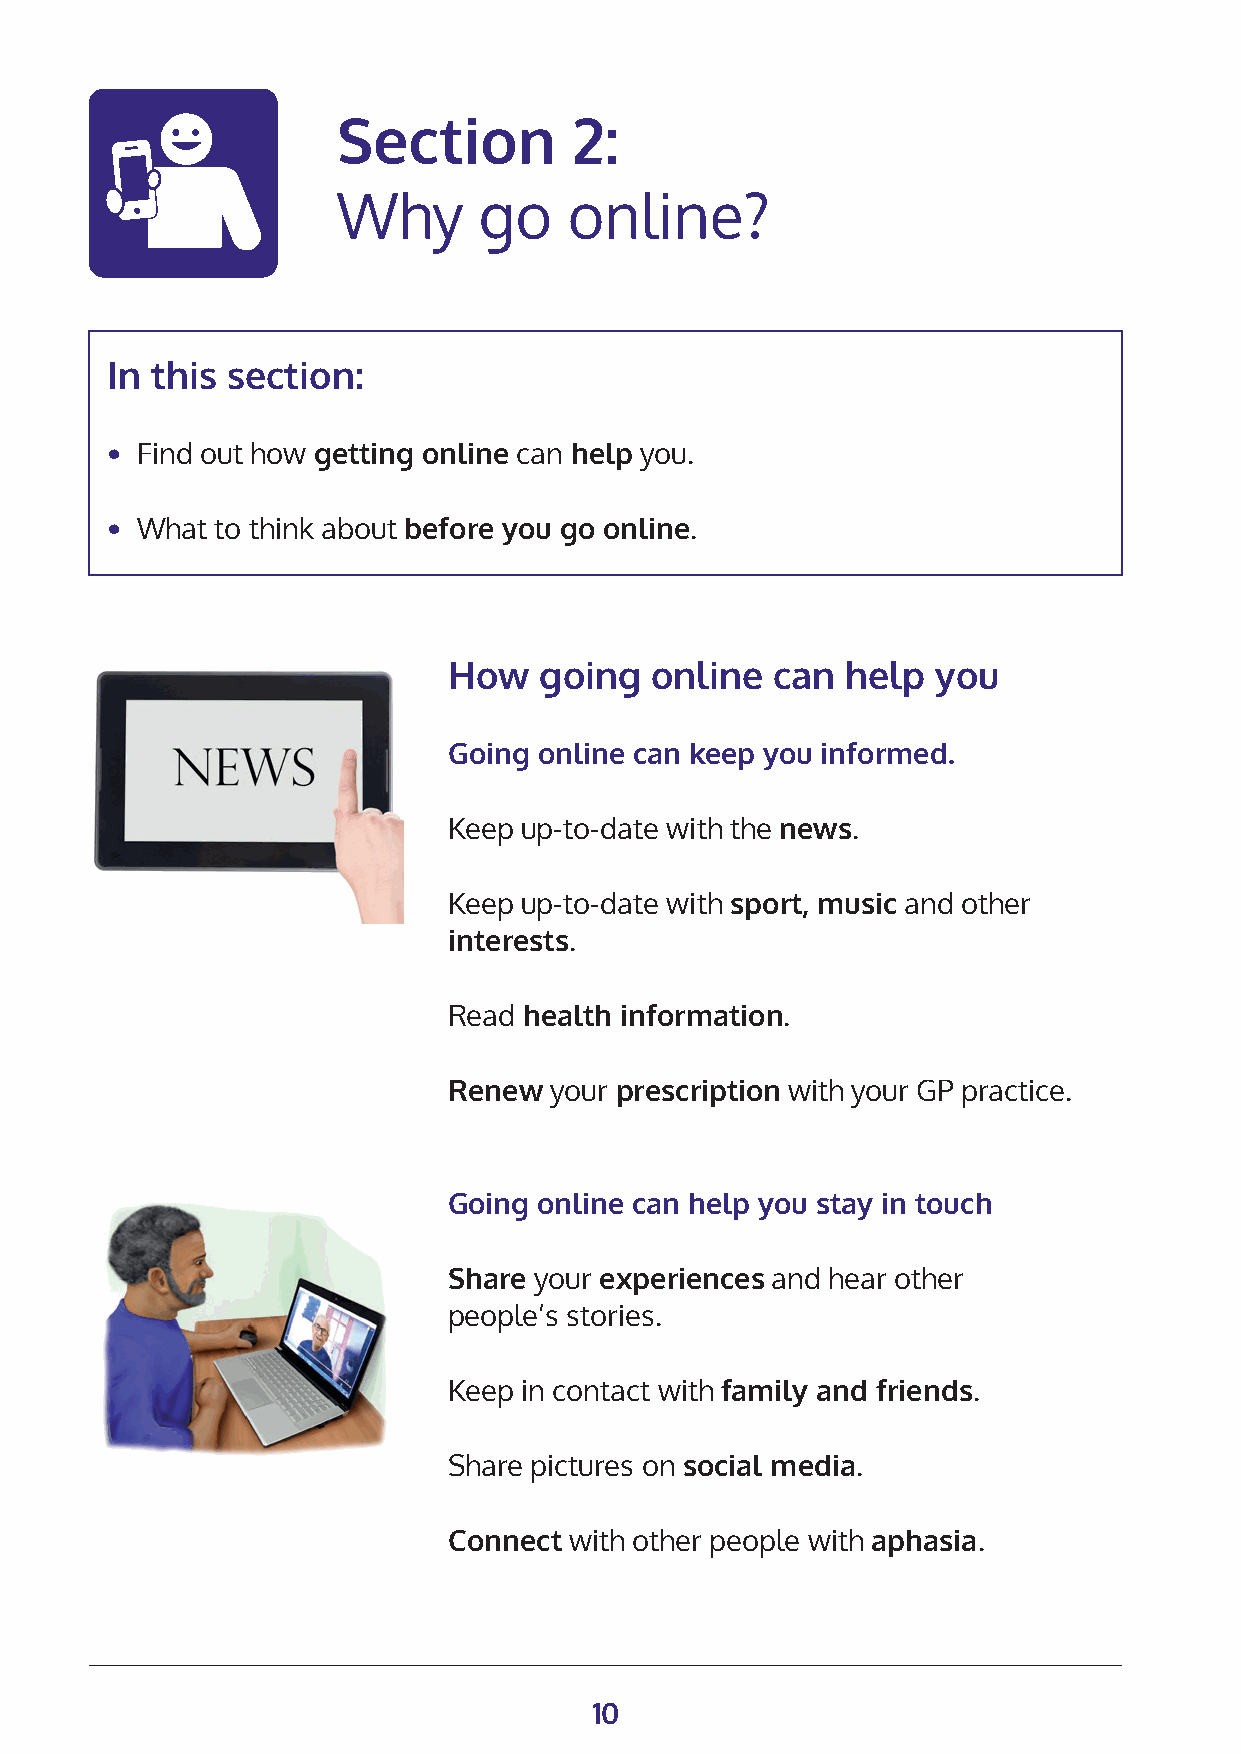
Section         2:
 Why       go    online?
 In this section:
 • Find out how getting online can help you.
 • What to think about before you go online.
 How   going  online  can  help  you
 Going online can keep you informed.
 Keep up-to-date with the news.
 Keep up-to-date with sport, music and other
 interests.
 Read health information.
 Renew your prescription with your GP practice.
 Going online can help you stay in touch
 Share your experiences and hear other
 people’s stories.
 Keep in contact with family and friends.
 Share pictures on social media.
 Connect with other people with aphasia.
 10